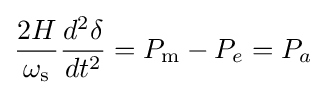
{\frac {2H}{\omega _{\text{s}}}}{\frac {d^{2}{\delta }}{dt^{2}}}=P_{\text{m}}-P_{e}=P_{a}